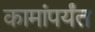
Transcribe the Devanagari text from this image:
कामांपर्यंत